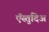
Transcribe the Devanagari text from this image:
ऍस्तुदिअ